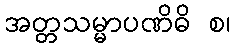
အတ္တသမ္မာပဏိဓိ စ၊